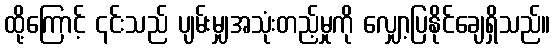
ထို့ကြောင့် ၎င်းသည် ပျမ်းမျှအသုံးတည့်မှုကို လျှော့ပြနိုင်ချေရှိသည်။